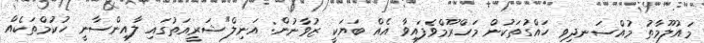
މައުލޫމާތު މުއްސަނދިވި ހައްގުތަކުން މަހްރޫމްވެފައިވާ އެއް ބަޔަކީ ޒުވާނުން: އަނިލް"ޝަރީއަތުގައި ލާއިންސާނީ ހުކުމްތަކެއް